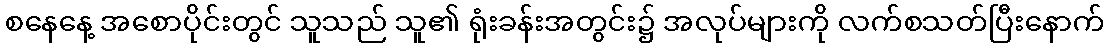
စနေနေ့ အစောပိုင်းတွင် သူသည် သူ၏ ရုံးခန်းအတွင်း၌ အလုပ်များကို လက်စသတ်ပြီးနောက်